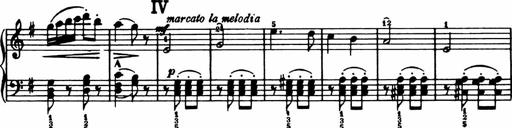
Title: Analytical Sonatinas
Composer: Frank Lynes